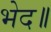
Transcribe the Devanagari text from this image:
भेद॥